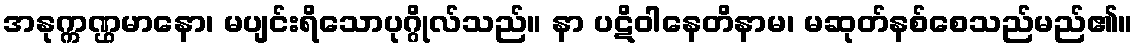
အနုက္ကဏ္ဌမာနော၊ မပျင်းရိသောပုဂ္ဂိုလ်သည်။ နာ ပဋိဝါနေတိနာမ၊ မဆုတ်နစ်စေသည်မည်၏။